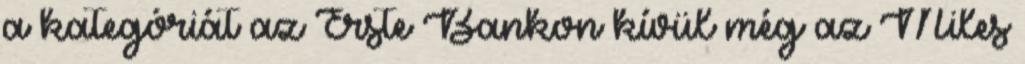
a kategóriát az Erste Bankon kívül még az Miles